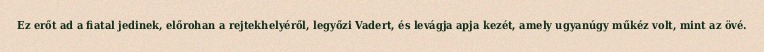
Ez erőt ad a fiatal jedinek, előrohan a rejtekhelyéről, legyőzi Vadert, és levágja apja kezét, amely ugyanúgy műkéz volt, mint az övé.